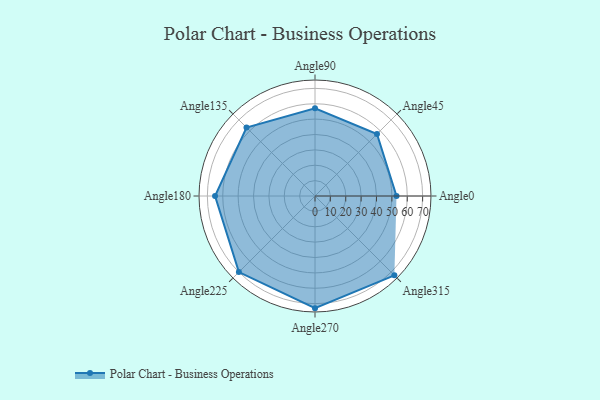
{"axis": {"x": "Angle", "y": "Radius"}, "legend": [""], "data": [{"x": "Angle0", "y": 53.0, "type": ""}, {"x": "Angle45", "y": 57.0, "type": ""}, {"x": "Angle90", "y": 57.0, "type": ""}, {"x": "Angle135", "y": 63.0, "type": ""}, {"x": "Angle180", "y": 65.0, "type": ""}, {"x": "Angle225", "y": 70.0, "type": ""}, {"x": "Angle270", "y": 73.0, "type": ""}, {"x": "Angle315", "y": 73.0, "type": ""}]}